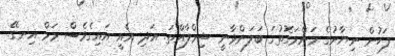
ފަހުން ނިޔާނުގެ މަންމަގޮތުގަ ބަލަންވާނީ ޝިމްލާއްތަ. އަދި އެއީ އައިގެވެސް މަމް އިނގޭ.